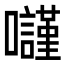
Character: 𡄾